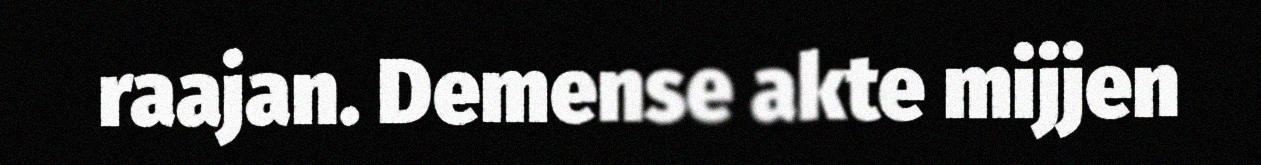
raajan. Demense akte mijjen